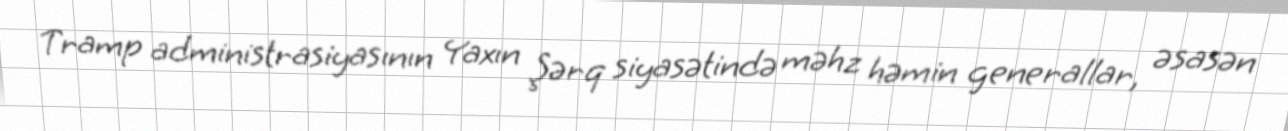
Tramp administrasiyasının Yaxın Şərq siyasətində məhz həmin generallar, əsasən